Scientific memoirs by medical officers of the Army of India - Part IX,
Year: 1895
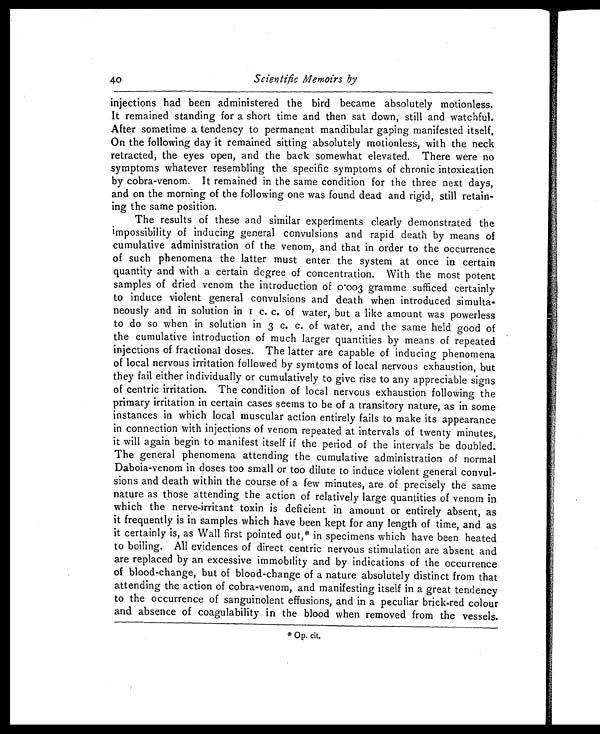
40
Scientific Memoirs by
injections had been administered the bird became absolutely motionless.
It remained standing for a short time and then sat down, still and watchful.
After sometime a tendency to permanent mandibular gaping manifested itself.
On the following day it remained sitting absolutely motionless, with the neck
retracted, the eyes open, and the back somewhat elevated. There were no
symptoms whatever resembling the specific symptoms of chronic intoxication
by cobra-venom. It remained in the same condition for the three next days,
and on the morning of the following one was found dead and rigid, still retain-
ing the same position.
The results of these and similar experiments clearly demonstrated the
impossibility of inducing general convulsions and rapid death by means of
cumulative administration of the venom, and that in order to the occurrence
of such phenomena the latter must enter the system at once in certain
quantity and with a certain degree of concentration. With the most potent
samples of dried venom the introduction of 0.003 gramme sufficed certainly
to induce violent general convulsions and death when introduced simulta-
neousl y and i n sol ut i on i n 1 c. c. of wat er, but a l i ke amount was powerl ess
to do so when in solution in 3 c. c. of water, and the same held good of
the cumulative introduction of much larger quantities by means of repeated
injections of fractional doses. The latter are capable of inducing phenomena
of local nervous irritation followed by symtoms of local nervous exhaustion, but
they fail either individually or cumulatively to give rise to any appreciable signs
of centric irritation. The condition of local nervous exhaustion following the
primary irritation in certain cases seems to be of a transitory nature, as in some
instances in which local muscular action entirely fails to make its appearance
in connection with injections of venom repeated at intervals of twenty minutes,
it will again begin to manifest itself if the period of the intervals be doubled.
The general phenomena attending the cumulative administration of normal
Daboia-venom in doses too small or too dilute to induce violent general convul-
sions and death within the course of a few minutes, are of precisely the same
nature as those attending the action of relatively large quantities of venom in
which the nerve-irritant toxin is deficient in amount or entirely absent, as
it frequently is in samples which have been kept for any length of time, and as
it certainly is, as Wall first pointed out,* in specimens which have been heated
to boiling. All evidences of direct centric nervous stimulation are absent and
are replaced by an excessive immobility and by indications of the occurrence
of blood-change, but of blood-change of a nature absolutely distinct from that
attending the action of cobra-venom, and manifesting itself in a great tendency
to the occurrence of sanguinolent effusions, and in a peculiar brick-red colour
and absence of coagulability in the blood when removed from the vessels.
* Op. cit.